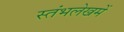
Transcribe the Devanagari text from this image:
स्‍तंभलेखमें